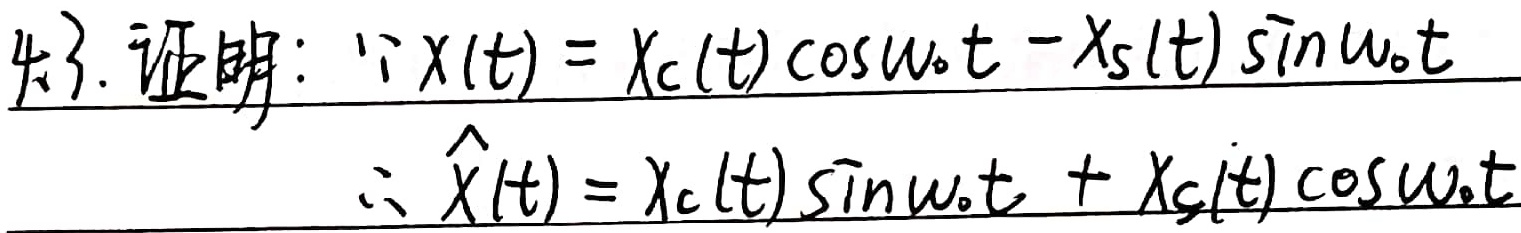
4.3. 证明：
$\because x(t)=x_c(t)\cos\omega_0t - x_s(t)\sin\omega_0t$
$\therefore \hat{x}(t)=x_c(t)\sin\omega_0t + x_s(t)\cos\omega_0t$